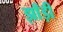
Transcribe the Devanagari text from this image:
झाँड़ी